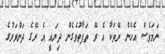
ނަމަވެސް އެހެން ރޭތަކާ އެ ރޭ ތަފާތުވެގެން ދިޔައީ އެ ރޭގެ ދަންވަރުގެ